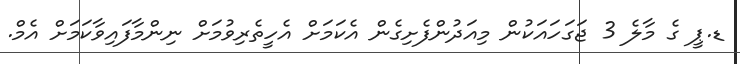
ޑ.ޕީ ގެ މާލެ 3 ޖަގަހައަކުން މިއަދުންފެށިގެން އެކަމަށް އެހީތެރިވުމަށް ނިންމާފައިވާކަމަށް އެމް.